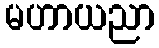
မဟာယညာ